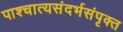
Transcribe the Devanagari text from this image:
पाश्चात्यसंदर्भसंपृक्त